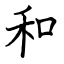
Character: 和